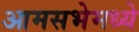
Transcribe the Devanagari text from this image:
आमसभेमध्ये